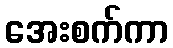
အေးစက်ကာ